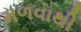
મળવાથી